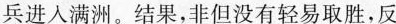
兵进入满洲。结果，非但没有轻易取胜，反